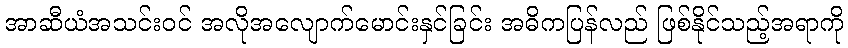
အာဆီယံအသင်းဝင် အလိုအလျောက်မောင်းနှင်ခြင်း အဓိကပြန်လည် ဖြစ်နိုင်သည့်အရာကို